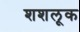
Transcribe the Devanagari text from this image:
शशलूक